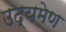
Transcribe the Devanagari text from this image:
उद्यमेण